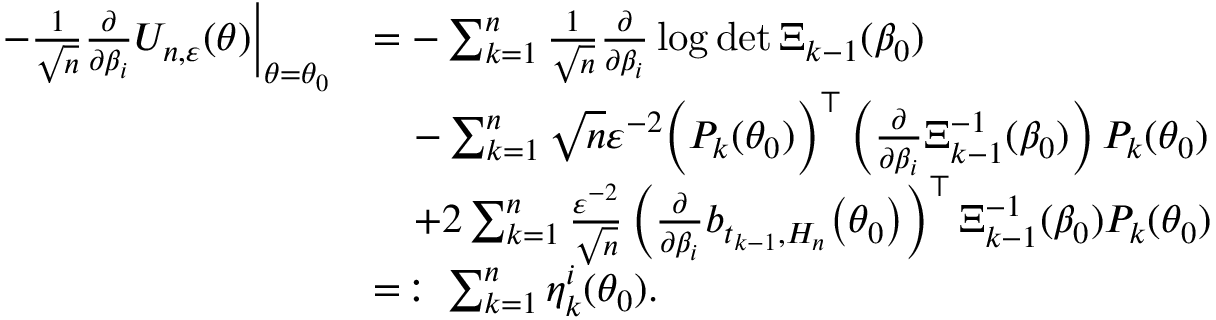
\begin{array} { r l } { - \frac { 1 } { \sqrt { n } } \frac { \partial } { \partial \beta _ { i } } U _ { n , \varepsilon } ( \theta ) \bigg | _ { \theta = \theta _ { 0 } } } & { = - \sum _ { k = 1 } ^ { n } \frac { 1 } { \sqrt { n } } \frac { \partial } { \partial \beta _ { i } } \log \operatorname* { d e t } \Xi _ { k - 1 } ( \beta _ { 0 } ) } \\ & { \quad - \sum _ { k = 1 } ^ { n } \sqrt { n } \varepsilon ^ { - 2 } \Bigl ( P _ { k } ( \theta _ { 0 } ) \Bigr ) ^ { \top } \left( \frac { \partial } { \partial \beta _ { i } } \Xi _ { k - 1 } ^ { - 1 } ( \beta _ { 0 } ) \right) P _ { k } ( \theta _ { 0 } ) } \\ & { \quad + 2 \sum _ { k = 1 } ^ { n } \frac { \varepsilon ^ { - 2 } } { \sqrt { n } } \left( \frac { \partial } { \partial \beta _ { i } } b _ { t _ { k - 1 } , H _ { n } } \bigl ( \theta _ { 0 } \bigr ) \right) ^ { \top } \Xi _ { k - 1 } ^ { - 1 } ( \beta _ { 0 } ) P _ { k } ( \theta _ { 0 } ) } \\ & { = \colon \sum _ { k = 1 } ^ { n } \eta _ { k } ^ { i } ( \theta _ { 0 } ) . } \end{array}